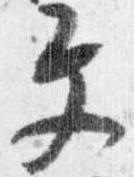
文